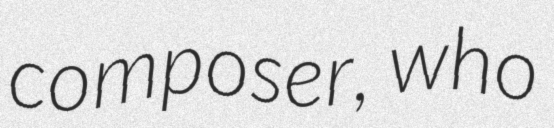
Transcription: composer, who